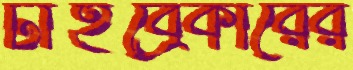
টাইব্রেকারের